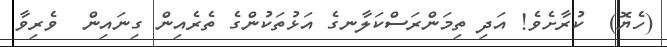
(ހެޔޮ)  ކުރާށެވެ! އަދި ތިމަންރަސްކަލާނގެ އަޅުތަކުންގެ ތެރެއިން ގިނައިން  ވެރިވާ